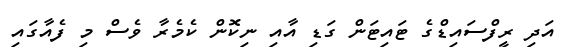
އަދި ރީފްސައިޑްގެ ޓައިޓަން ގަޑި އާއި ނިކޮން ކެމެރާ ވެސް މި ފެއާގައި